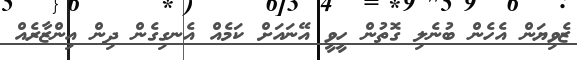
ޒެވިޔަން އެހެން ބުނެލި ގޮތުން ހީވީ އޭނައަށް ކަމެއް އެނގިގެން ދިން އިންޒާރެއް